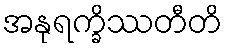
အနုရက္ခိဿတီတိ